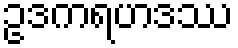
ဥဒကရဟဒဿ